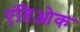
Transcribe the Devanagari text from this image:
एंतिओक